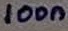
Text: 100n